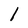
Character: 1